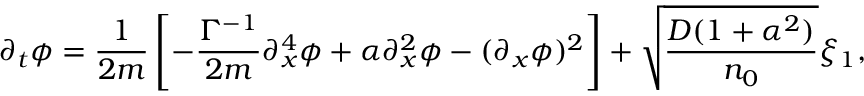
\partial _ { { t } } { \phi } = \frac { 1 } { 2 m } \left[ - \frac { \Gamma ^ { - 1 } } { 2 m } \partial _ { { x } } ^ { 4 } { \phi } + \alpha \partial _ { { x } } ^ { 2 } { \phi } - ( \partial _ { { x } } { \phi } ) ^ { 2 } \right] + \sqrt { \frac { D ( 1 + \alpha ^ { 2 } ) } { n _ { 0 } } } { \xi _ { 1 } } ,